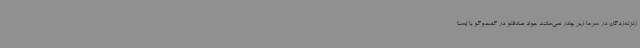
زلزله‌زدگان در سرما زیر چادر نمی‌مانند جواد صادقلو در گفت‌وگو با ایسنا